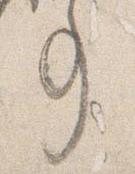
事